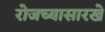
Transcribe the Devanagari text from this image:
रोजच्यासारखे